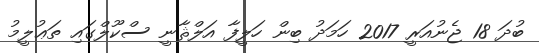
ބުދަ 18 ޖެނުއަރީ 2017 ހަމަދު ބިން ހަލީފާ އަލްޘާނީ ސްކޫލްގައި ތަޢުލީމު